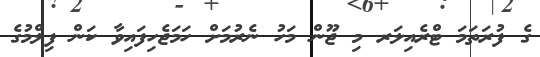
ގެ ފުރަތަމަ ޓްރެއިލަރ މި ޖޫން މަހު ނެރުމަށް ހަމަޖެހިފައިވާ ކަން ފިލްމުގެ